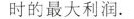
出此时的最大利润.